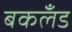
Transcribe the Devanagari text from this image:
बकलँड